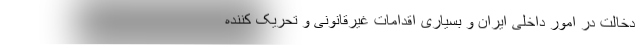
دخالت در امور داخلی ایران و بسیاری اقدامات غیرقانونی و تحریک کننده